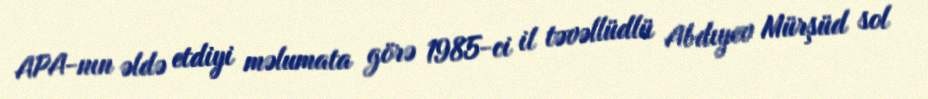
APA-nın əldə etdiyi məlumata görə 1985-ci il təvəllüdlü Abdıyev Mürşüd sol